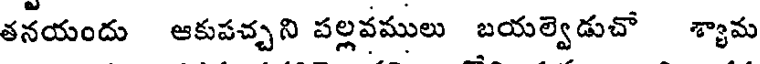
తనయందు ఆకుపచ్చని పల్లవములు బయల్వెడుచో శ్యామ